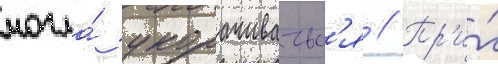
могла́ укорачиватьс'я // Пр'и́